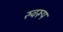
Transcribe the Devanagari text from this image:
रुवरूप